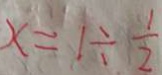
x = 1 \div \frac { 1 } { 2 }